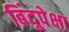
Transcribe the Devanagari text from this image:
बिंदूपेक्षा